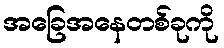
အခြေအနေတစ်ခုကို